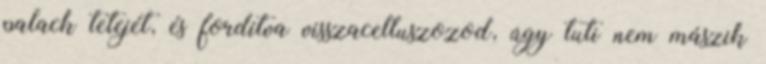
palack tetejét, és fordítva visszacelluszozod, úgy tuti nem mászik